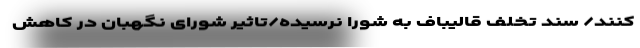
کنند/ سند تخلف قالیباف به شورا نرسیده/تاثیر شورای نگهبان در کاهش